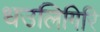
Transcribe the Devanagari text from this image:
धउलिगिरि